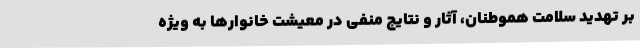
بر تهدید سلامت هموطنان، آثار و نتایج منفی در معیشت خانوارها به ویژه